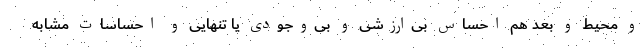
و محیط و بعد هم احساس بی‌ارزشی و بی‌وجودی یا تنهایی و احساسات مشابه